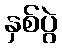
နှစ်ပွဲ